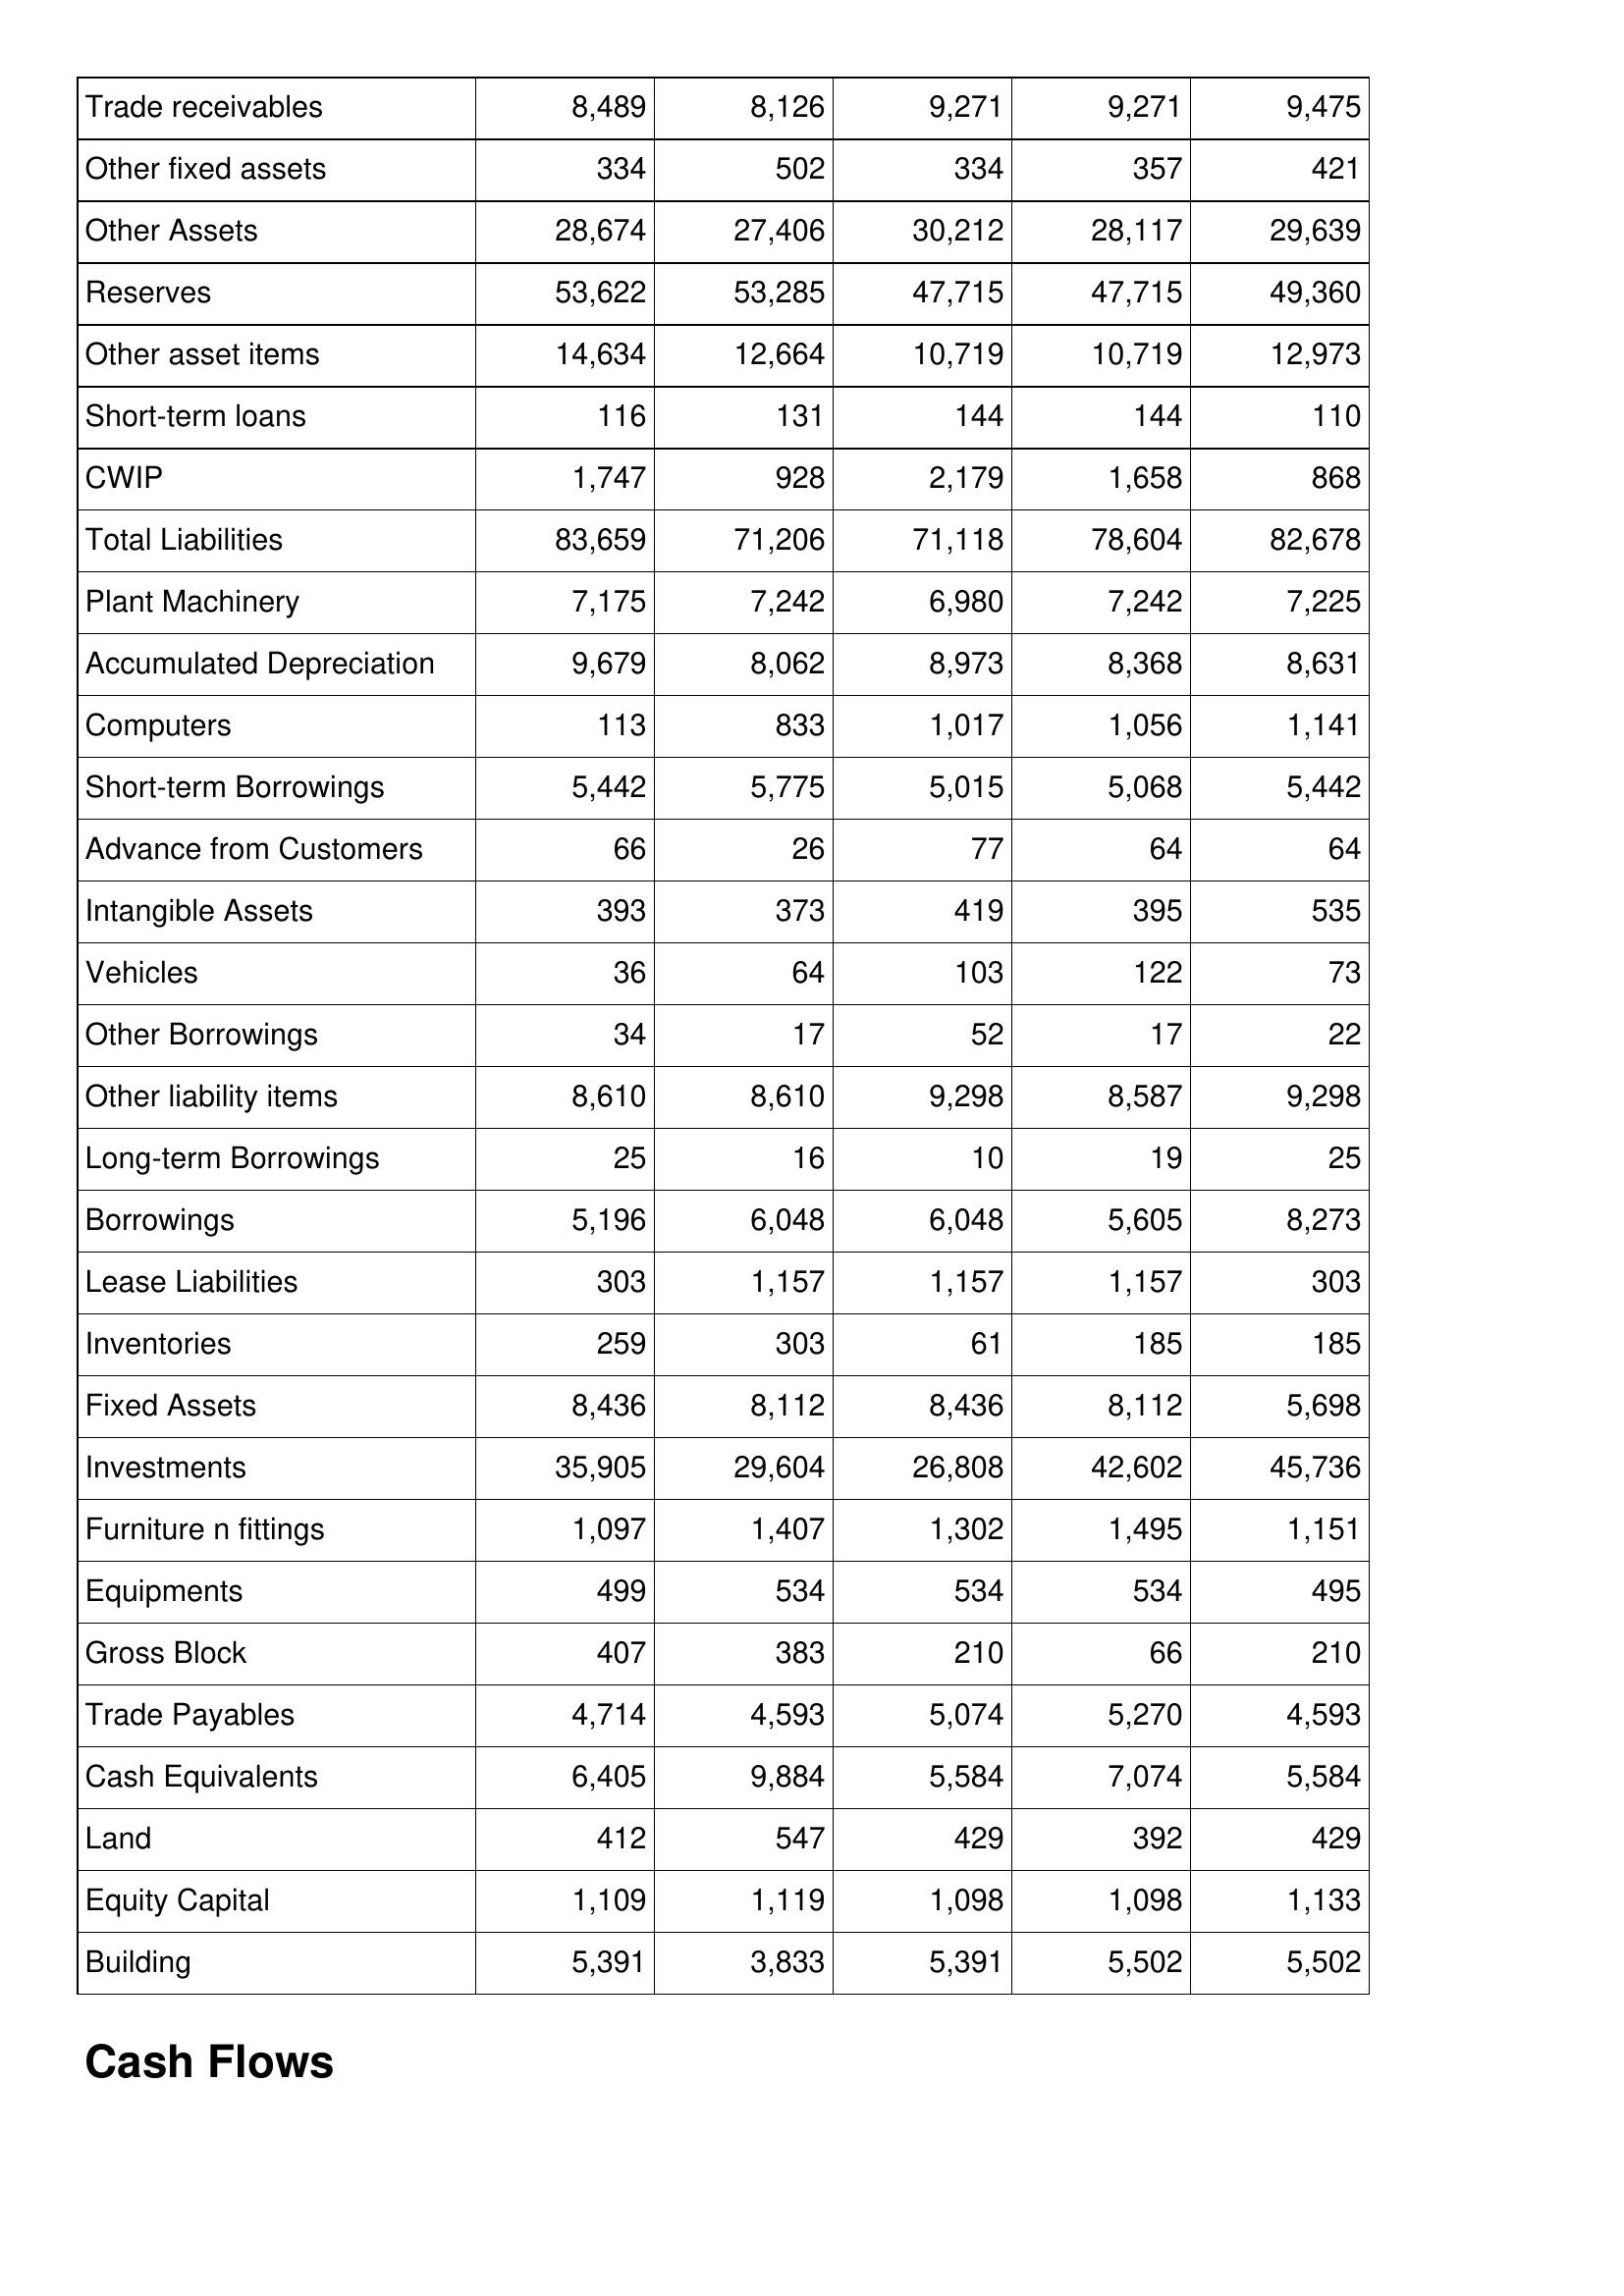
Dec-09: Balance Sheet: Trade receivables: 8,489
Other fixed assets: 334
Other Assets: 28,674
Reserves: 53,622
Other asset items: 14,634
Short-term loans: 116
CWIP: 1,747
Total Liabilities: 83,659
Plant Machinery: 7,175
Accumulated Depreciation: 9,679
Computers: 113
Short-term Borrowings: 5,442
Advance from Customers: 66
Intangible Assets: 393
Vehicles: 36
Other Borrowings: 34
Other liability items: 8,610
Long-term Borrowings: 25
Borrowings: 5,196
Lease Liabilities: 303
Inventories: 259
Fixed Assets: 8,436
Investments: 35,905
Furniture n fittings: 1,097
Equipments: 499
Gross Block: 407
Trade Payables: 4,714
Cash Equivalents: 6,405
Land: 412
Equity Capital: 1,109
Building: 5,391
Dec-08: Balance Sheet: Trade receivables: 8,126
Other fixed assets: 502
Other Assets: 27,406
Reserves: 53,285
Other asset items: 12,664
Short-term loans: 131
CWIP: 928
Total Liabilities: 71,206
Plant Machinery: 7,242
Accumulated Depreciation: 8,062
Computers: 833
Short-term Borrowings: 5,775
Advance from Customers: 26
Intangible Assets: 373
Vehicles: 64
Other Borrowings: 17
Other liability items: 8,610
Long-term Borrowings: 16
Borrowings: 6,048
Lease Liabilities: 1,157
Inventories: 303
Fixed Assets: 8,112
Investments: 29,604
Furniture n fittings: 1,407
Equipments: 534
Gross Block: 383
Trade Payables: 4,593
Cash Equivalents: 9,884
Land: 547
Equity Capital: 1,119
Building: 3,833
Dec-07: Balance Sheet: Trade receivables: 9,271
Other fixed assets: 334
Other Assets: 30,212
Reserves: 47,715
Other asset items: 10,719
Short-term loans: 144
CWIP: 2,179
Total Liabilities: 71,118
Plant Machinery: 6,980
Accumulated Depreciation: 8,973
Computers: 1,017
Short-term Borrowings: 5,015
Advance from Customers: 77
Intangible Assets: 419
Vehicles: 103
Other Borrowings: 52
Other liability items: 9,298
Long-term Borrowings: 10
Borrowings: 6,048
Lease Liabilities: 1,157
Inventories: 61
Fixed Assets: 8,436
Investments: 26,808
Furniture n fittings: 1,302
Equipments: 534
Gross Block: 210
Trade Payables: 5,074
Cash Equivalents: 5,584
Land: 429
Equity Capital: 1,098
Building: 5,391
Dec-06: Balance Sheet: Trade receivables: 9,271
Other fixed assets: 357
Other Assets: 28,117
Reserves: 47,715
Other asset items: 10,719
Short-term loans: 144
CWIP: 1,658
Total Liabilities: 78,604
Plant Machinery: 7,242
Accumulated Depreciation: 8,368
Computers: 1,056
Short-term Borrowings: 5,068
Advance from Customers: 64
Intangible Assets: 395
Vehicles: 122
Other Borrowings: 17
Other liability items: 8,587
Long-term Borrowings: 19
Borrowings: 5,605
Lease Liabilities: 1,157
Inventories: 185
Fixed Assets: 8,112
Investments: 42,602
Furniture n fittings: 1,495
Equipments: 534
Gross Block: 66
Trade Payables: 5,270
Cash Equivalents: 7,074
Land: 392
Equity Capital: 1,098
Building: 5,502
Dec-05: Balance Sheet: Trade receivables: 9,475
Other fixed assets: 421
Other Assets: 29,639
Reserves: 49,360
Other asset items: 12,973
Short-term loans: 110
CWIP: 868
Total Liabilities: 82,678
Plant Machinery: 7,225
Accumulated Depreciation: 8,631
Computers: 1,141
Short-term Borrowings: 5,442
Advance from Customers: 64
Intangible Assets: 535
Vehicles: 73
Other Borrowings: 22
Other liability items: 9,298
Long-term Borrowings: 25
Borrowings: 8,273
Lease Liabilities: 303
Inventories: 185
Fixed Assets: 5,698
Investments: 45,736
Furniture n fittings: 1,151
Equipments: 495
Gross Block: 210
Trade Payables: 4,593
Cash Equivalents: 5,584
Land: 429
Equity Capital: 1,133
Building: 5,502